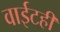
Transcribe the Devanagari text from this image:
वाईटही